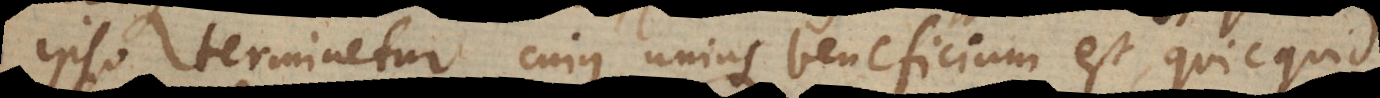
ipso terminetur, cujus unius beneficium est quicquid